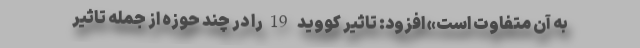
به آن متفاوت است» افزود: تاثیر کووید 19را در چند حوزه از جمله تاثیر